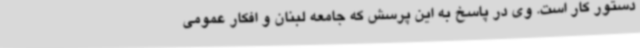
دستور کار است. وی در پاسخ به این‌ پرسش که جامعه لبنان و افکار عمومی